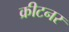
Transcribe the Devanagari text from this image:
क्रीटनर